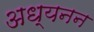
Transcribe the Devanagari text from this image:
अध्यनन